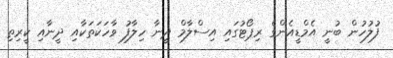
ފުލުހުން ބުނީ އެމްޑީއެންގެ ރިޕޯޓުގައި އިސްލާމް ދީނާ ހިލާފު ވާހަކަތަކާއި ދީނާއި ކީރިތި